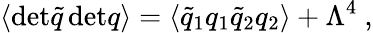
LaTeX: \langle\mathrm{det}\tilde{q}\, \mathrm{det}q\rangle=\langle\tilde{q}_{1}q_{1}\tilde{q}_{2}q_{2}\rangle+\Lambda^{4}\ ,